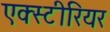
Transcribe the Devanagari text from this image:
एक्स्टीरियर